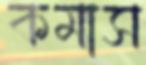
কমাস